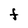
Character: F